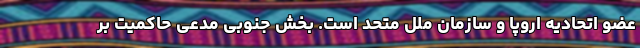
عضو اتحادیه اروپا و سازمان ملل متحد است. بخش جنوبی مدعی حاکمیت بر